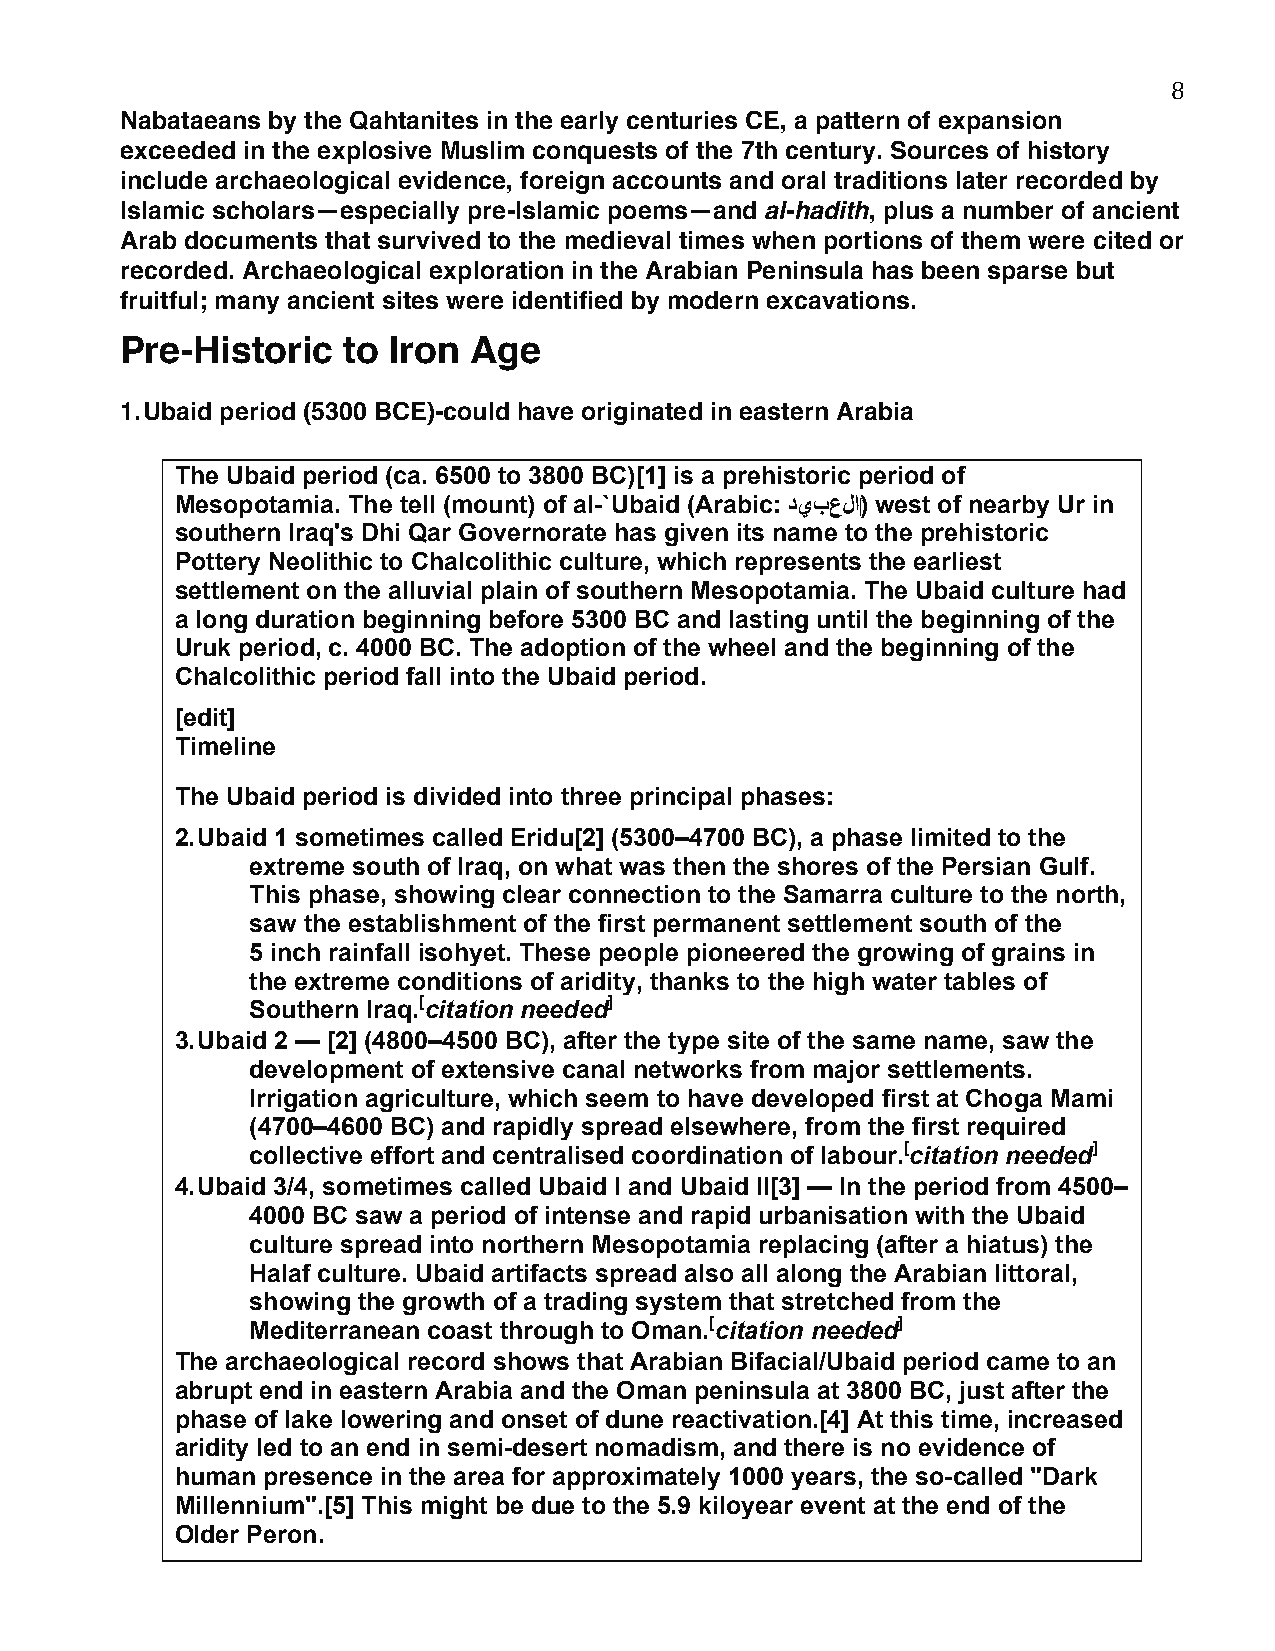
8
 Nabataeans by the Qahtanites in the early centuries CE, a pattern of expansion
 exceeded in the explosive Muslim conquests of the 7th century. Sources of history
 include archaeological evidence, foreign accounts and oral traditions later recorded by
 Islamic scholars—especially pre-Islamic poems—and al-hadith, plus a number of ancient
 Arab documents that survived to the medieval times when portions of them were cited or
 recorded. Archaeological exploration in the Arabian Peninsula has been sparse but
 fruitful; many ancient sites were identified by modern excavations.
 Pre-Historic   to Iron Age
 1. Ubaid period (5300 BCE)-could have originated in eastern Arabia
 The Ubaid period (ca. 6500 to 3800 BC)[1] is a prehistoric period of
 Mesopotamia. The tell (mount) of al-`Ubaid (Arabic: دﺩيﻱبﺏعﻉلﻝاﺍ‎) west of nearby Ur in
 southern Iraq's Dhi Qar Governorate has given its name to the prehistoric
 Pottery Neolithic to Chalcolithic culture, which represents the earliest
 settlement on the alluvial plain of southern Mesopotamia. The Ubaid culture had
 a long duration beginning before 5300 BC and lasting until the beginning of the
 Uruk period, c. 4000 BC. The adoption of the wheel and the beginning of the
 Chalcolithic period fall into the Ubaid period.
 [edit]
 Timeline
 The Ubaid period is divided into three principal phases:
 2. Ubaid 1 sometimes called Eridu[2] (5300–4700 BC), a phase limited to the
 extreme south of Iraq, on what was then the shores of the Persian Gulf.
 This phase, showing clear connection to the Samarra culture to the north,
 saw the establishment of the first permanent settlement south of the
 5 inch rainfall isohyet. These people pioneered the growing of grains in
 the extreme conditions of aridity, thanks to the high water tables of
 Southern Iraq.[citation needed]
 3. Ubaid 2 — [2] (4800–4500 BC), after the type site of the same name, saw the
 development of extensive canal networks from major settlements.
 Irrigation agriculture, which seem to have developed first at Choga Mami
 (4700–4600 BC) and rapidly spread elsewhere, from the first required
 collective effort and centralised coordination of labour.[citation needed]
 4. Ubaid 3/4, sometimes called Ubaid I and Ubaid II[3] — In the period from 4500–
 4000 BC saw a period of intense and rapid urbanisation with the Ubaid
 culture spread into northern Mesopotamia replacing (after a hiatus) the
 Halaf culture. Ubaid artifacts spread also all along the Arabian littoral,
 showing the growth of a trading system that stretched from the
 Mediterranean coast through to Oman.[citation needed]
 The archaeological record shows that Arabian Bifacial/Ubaid period came to an
 abrupt end in eastern Arabia and the Oman peninsula at 3800 BC, just after the
 phase of lake lowering and onset of dune reactivation.[4] At this time, increased
 aridity led to an end in semi-desert nomadism, and there is no evidence of
 human presence in the area for approximately 1000 years, the so-called "Dark
 Millennium".[5] This might be due to the 5.9 kiloyear event at the end of the
 Older Peron.